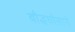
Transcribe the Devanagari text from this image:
बौद्धघोसाने